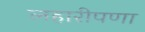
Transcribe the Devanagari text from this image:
लहारीपणा